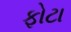
ફોટા